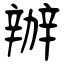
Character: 辦